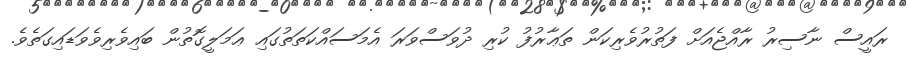
ރައީސް ނާސިރު ރާއްޖެއަށް ފަތުރުވެރިކަން ތަޢާރުފު ކުރި ދުވަސްވަރަ އެމަސައްކަތަތުގައި ޢަމަލީގޮތުން ބައިވެރިވެވަޑައިގަތެވެ.